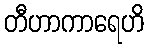
တီဟာကာရေဟိ